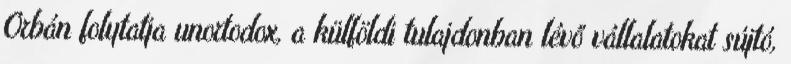
Orbán folytatja unortodox, a külföldi tulajdonban lévő vállalatokat sújtó,